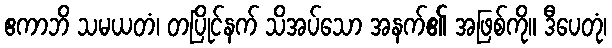
ဧကာဘိ သမယတံ၊ တပြိုင်နက် သိအပ်သော အနက်၏ အဖြစ်ကို။ ဒီပေတုံ၊